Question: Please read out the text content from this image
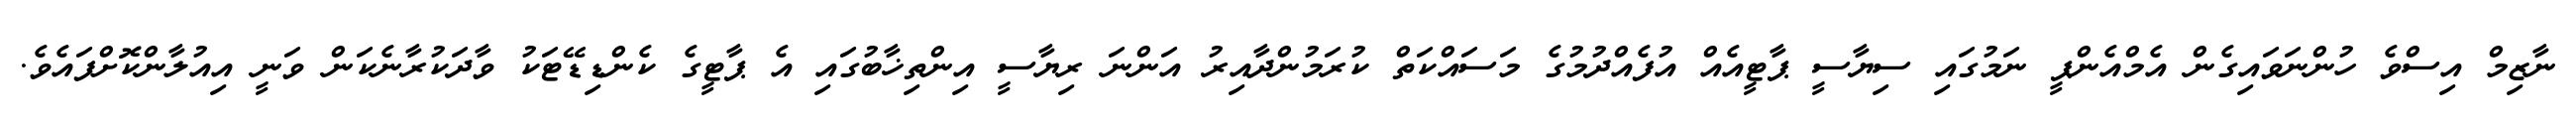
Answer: ނާޒިމް އިސްވެ ހުންނަވައިގެން އެމްއެންޕީ ނަމުގައި ސިޔާސީ ޕާޓީއެއް އުފެއްދުމުގެ މަސައްކަތް ކުރަމުންދާއިރު އަންނަ ރިޔާސީ އިންތިޚާބުގައި އެ ޕާޓީގެ ކެންޑިޑޭޓަކު ވާދަކުރާނެކަން ވަނީ އިއުލާންކޮށްފައެވެ.